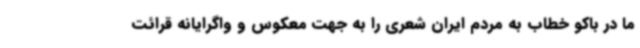
ما در باکو خطاب به مردم ایران شعری را به جهت معکوس و واگرایانه قرائت